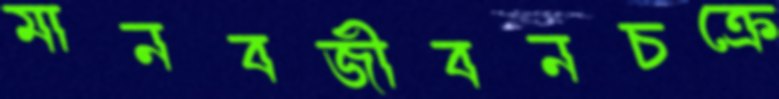
মানবজীবনচক্রে